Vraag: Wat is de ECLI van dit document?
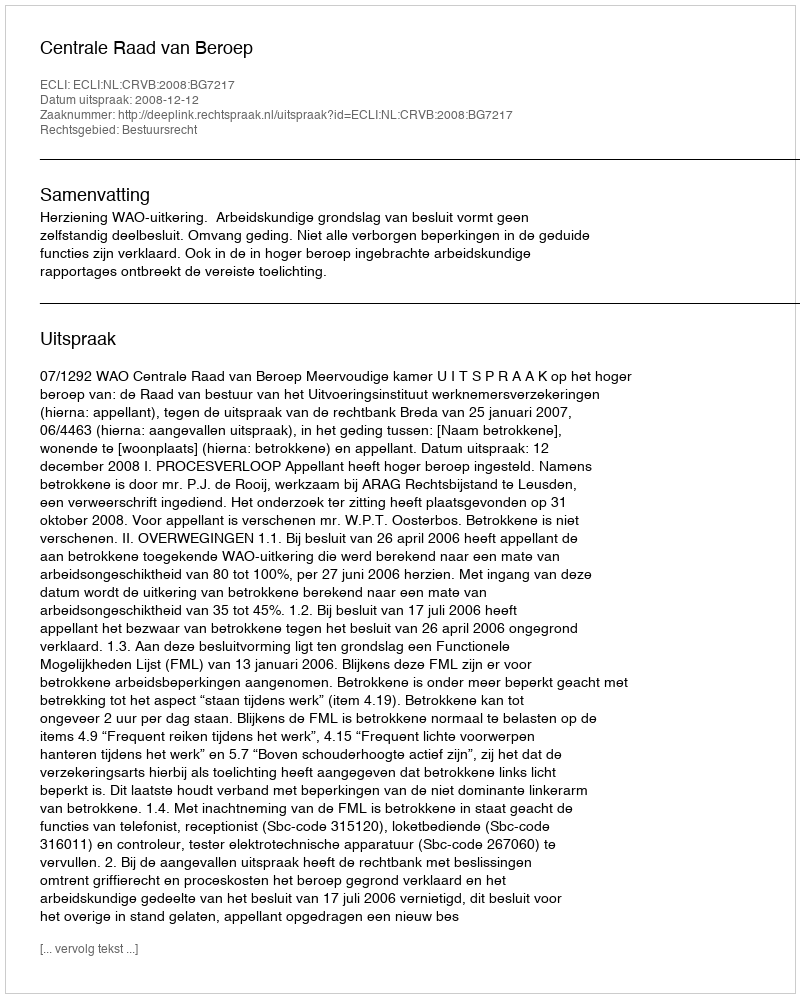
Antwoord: ECLI:NL:CRVB:2008:BG7217